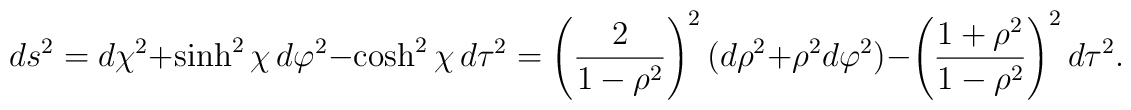
ds^2 = d\chi^2 + \sinh^2\chi \, d\varphi^2 - \cosh^2\chi \, d\tau^2 =\left({2 \over 1- \rho^2}\right)^2 (d\rho^2 + \rho^2 d\varphi^2) -\left( {1 + \rho^2 \over 1 - \rho^2} \right)^2 d\tau^2.